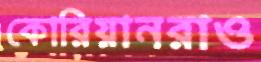
কোরিয়ানরাও